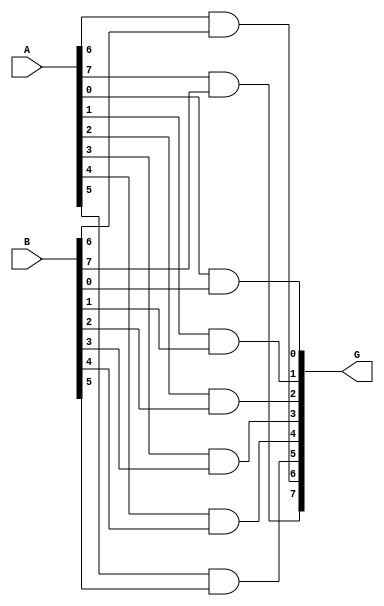
module G(G, A, B); 
    input [7:0] A, B; 
    output [7:0] G;
    and AND1(G[0], A[0], B[0]); 
    and AND2(G[1], A[1], B[1]); 
    and AND3(G[2], A[2], B[2]); 
    and AND4(G[3], A[3], B[3]); 
    and AND5(G[4], A[4], B[4]); 
    and AND6(G[5], A[5], B[5]); 
    and AND7(G[6], A[6], B[6]); 
    and AND8(G[7], A[7], B[7]); 
endmodule